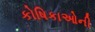
કોષિકાઓની